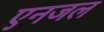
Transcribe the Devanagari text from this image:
एनजल